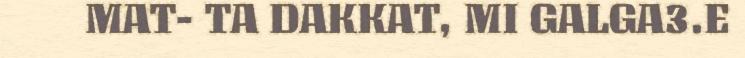
MAT- TA DAKKAT, MI GALGA3.E